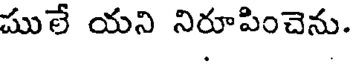
ములే యని నిరూపించెను.